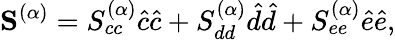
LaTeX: \mathbf{S}^{(\alpha)}=S_{cc}^{(\alpha)}\hat{c}\hat{c}+S_{dd}^{(\alpha)}\hat{d}\hat{d}+S_{ee}^{(\alpha)}\hat{e}\hat{e},